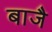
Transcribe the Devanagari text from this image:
बाजै